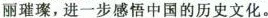
丽璀璨，进一步感悟中国的历史文化。